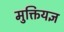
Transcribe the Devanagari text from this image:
मुक्तियज्ञ